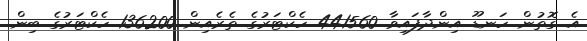
އެ ގޮތުން ހަނޑޫ އިންދާފައިވާ 441560 ހެކްޓަރުގެ ތެރެއިން 136200 ހެކްޓަރުގެ ބިން